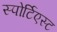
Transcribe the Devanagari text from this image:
स्पोर्टिएस्ट